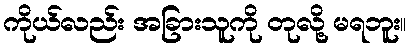
ကိုယ်လည်း အခြားသူကို တုလို့ မရဘူး။